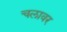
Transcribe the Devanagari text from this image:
चलावर